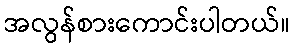
အလွန်စားကောင်းပါတယ်။